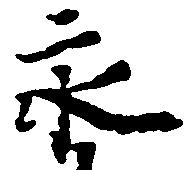
永